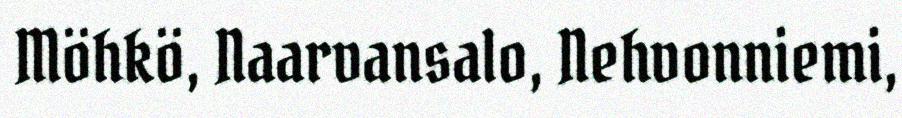
Möhkö, Naarvansalo, Nehvonniemi,